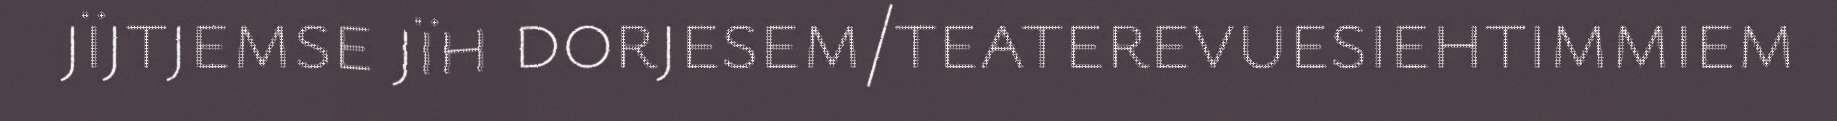
jïjtjemse jïh dorjesem/teaterevuesiehtimmiem